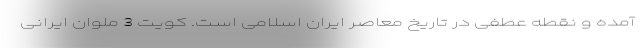
آمده و نقطه عطفی در تاریخ معاصر ایران اسلامی است. کویت 3 ملوان ایرانی